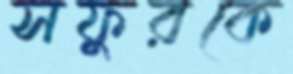
সফুরকে